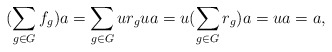
\begin{align*}(\sum_{g\in G}f_g)a=\sum_{g\in G}ur_gua=u(\sum_{g\in G}r_g)a=ua=a, \end{align*}